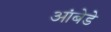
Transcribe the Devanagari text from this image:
आंबेडे